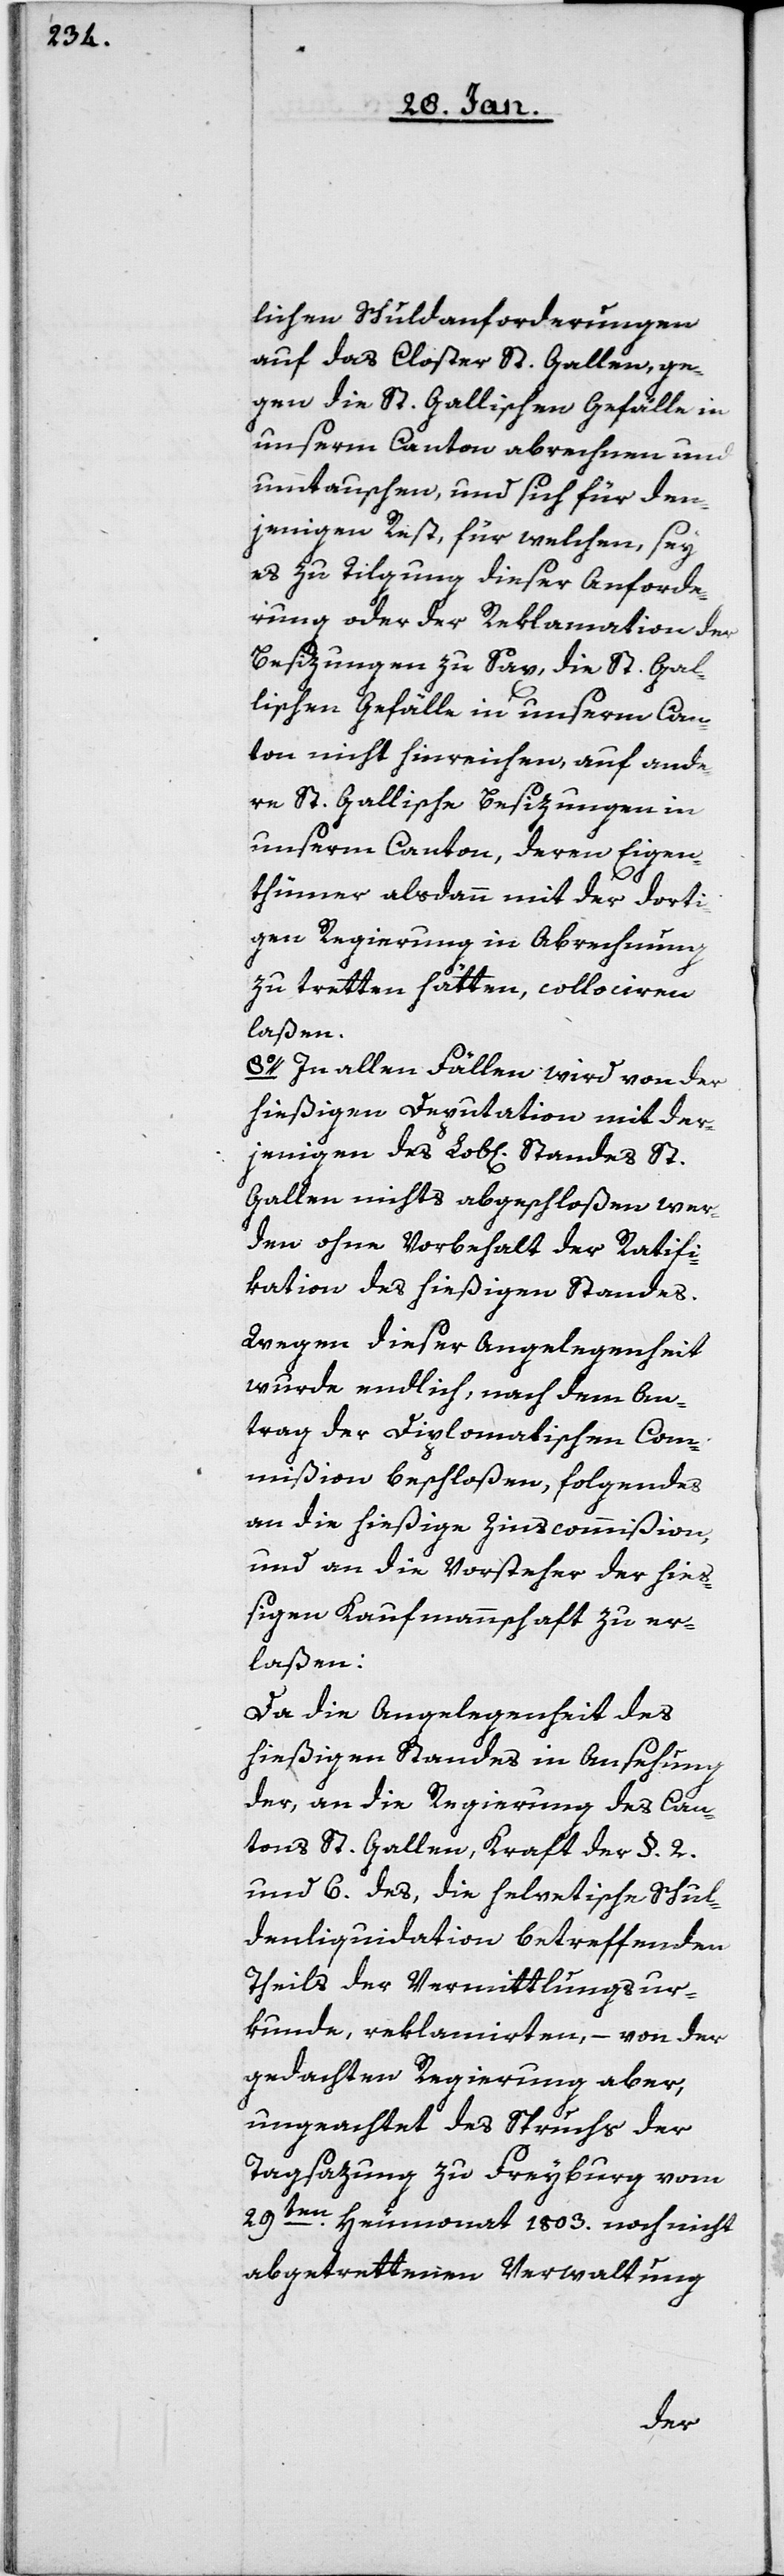
lichen Schuldanforderungen
auf das Closter St. Gallen, ge¬
gen die St. Gallischen Gefälle in
unserm Canton abrechnen und
umtauschen, und sich für den¬
jenigen Rest, für welchen, sey
es zu Tilgung dieser Anforde¬
rung oder der Reklamation der
Besizungen zu Sax, die St. Gal¬
lischen Gefälle in unserm Can¬
ton nicht hinreichen, auf ande¬
re St. Gallische Besizungen in
unserm Canton, deren Eigen¬
thümer alsdann mit der dorti¬
gen Regierung in Abrechnung
zu tretten hätten, collociren
laßen.
8o. In allen Fällen wird von der
hießigen Depuation mit der¬
jenigen des Lob[lichen] Standes St.
Gallen nichts abgeschloßen wer¬
den, ohne Vorbehalt der Ratifi¬
cation des hießigen Standes.
Wegen dieser Angelegenheit
wurde endlich, nach dem An¬
trag der Diplomatischen Com¬
mißion beschloßen, folgendes
an die hießige Zinscommißion,
und an die Vorsteher der hieß¬
igen Kaufmannschaft zu er¬
laßen:
Da die Angelegenheit des
hießigen Standes in Ansehung
der, an die Regierung des Can¬
tons St. Gallen, Kraft der §. 2.
und 6. des, die helvetische Schul¬
denliquidation betreffenden
Theils der Vermittlungsur¬
kunde, reklamirten, – von der
gedachten Regierung aber,
ungeachtet des Spruchs der
Tagsazung zu Freyburg vom
29ten. Heumonat 1803. noch nicht
abgetrettenen Verwaltung